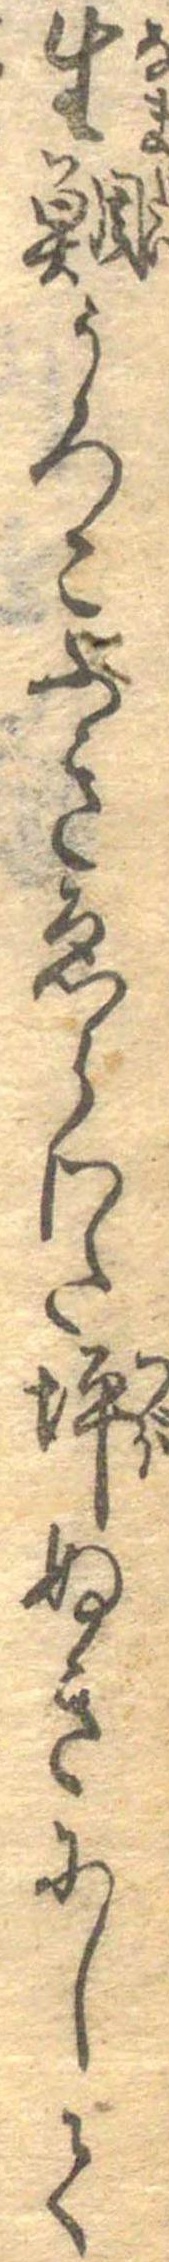
生鯛うろこふきゑらわた坪ぬきにして